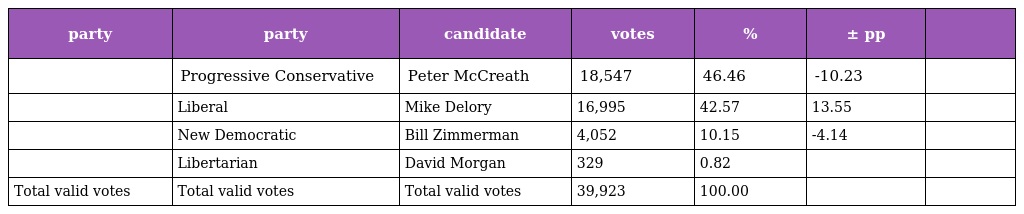
| party | party | candidate | votes | % | ± pp |  |
 | --- | --- | --- | --- | --- | --- | --- |
 |  | Progressive Conservative | Peter McCreath | 18,547 | 46.46 | -10.23 |  |
 |  | Liberal | Mike Delory | 16,995 | 42.57 | 13.55 |  |
 |  | New Democratic | Bill Zimmerman | 4,052 | 10.15 | -4.14 |  |
 |  | Libertarian | David Morgan | 329 | 0.82 |  |  |
 | Total valid votes | Total valid votes | Total valid votes | 39,923 | 100.00 |  |  |